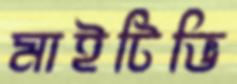
মাইটিভি